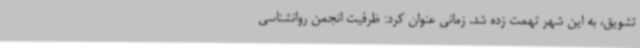
تشویق، به این شهر تهمت زده شد. زمانی عنوان کرد: ظرفیت انجمن روانشناسی